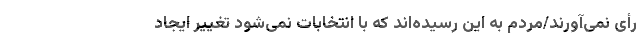
رأی نمی‌آورند/مردم به این رسیده‌اند که با انتخابات نمی‌شود تغییر ایجاد